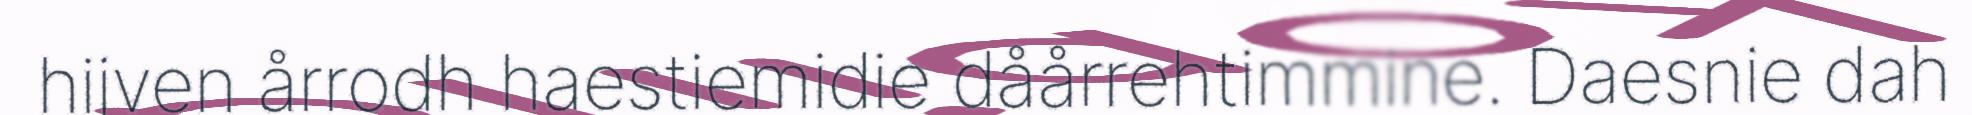
hijven årrodh haestiemidie dåårrehtimmine. Daesnie dah